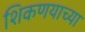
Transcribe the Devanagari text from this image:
शिकणयाच्या